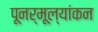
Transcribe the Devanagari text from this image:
पूनर्मूल्यांकन